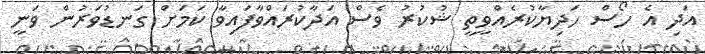
އަދި އެ ހޯސް ހަދިޔާކުރެއްވީތީ ޝުކުރު ވެސް އަދާކުރައްވާފައިވާ ކަމަށް ގަނޑުވަރުން ވަނީ